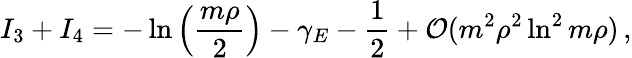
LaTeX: I_{3}+I_{4}=-\ln\left({\frac{m\rho}{2}}\right)-\gamma_{E}-{\frac{1}{2}}+{\cal O}(m^{2}\rho^{2}\ln^{2}m\rho)\, ,